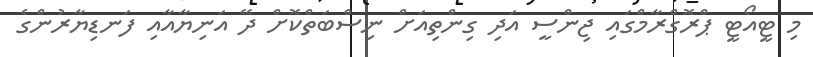
މި ޓީއޯޓީ ޕްރޮގްރާމްގައި ޖިންސީ އަދި ގިންތިއަށް ނިސްބަތްކޮށް ދޭ އަނިޔާއާއި ފަނޑިޔާރުންގެ